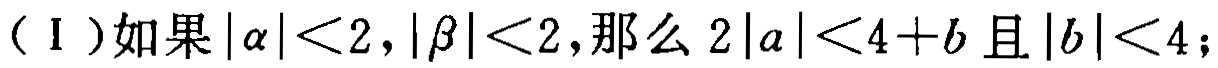
（Ⅰ）如果\(\vert\alpha\vert<2,\vert\beta\vert<2\)，那么\(2\vert a\vert<4 + b\)且\(\vert b\vert<4\)；